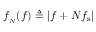
f _ { _ { N } } ( f ) \triangleq \left| f + N f _ { \mathrm { { s } } } \right|